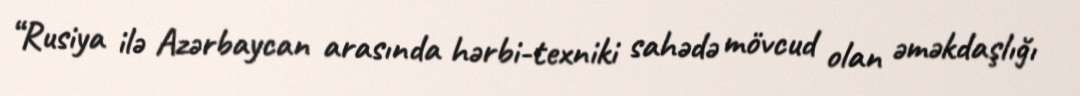
“Rusiya ilə Azərbaycan arasında hərbi-texniki sahədə mövcud olan əməkdaşlığı